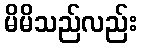
မိမိသည်လည်း